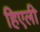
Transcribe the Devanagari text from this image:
हिएली